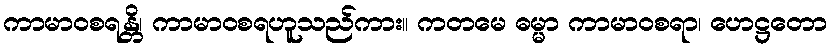
ကာမာဝစရန္တိ၊ ကာမာဝစရဟူသည်ကား။ ကတမေ ဓမ္မာ ကာမာဝစရာ၊ ဟေဋ္ဌတော